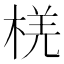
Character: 𪲞